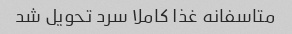
متاسفانه غذا کاملا سرد تحویل شد